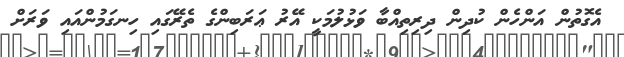
އެގޮތުން އަންހެން ކުދިން ދިރިތިއްބާ ވަޅުލުމަކީ އޭރު ޢަރަބިންގެ ތެރޭގައި ހިނގަމުންއައި ވަރަށް